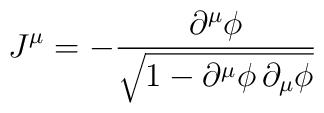
J^{\mu }=-\frac{\partial ^{\mu }\phi }{\sqrt{1-\partial ^{\mu }\phi \, \partial _{\mu }\phi }}